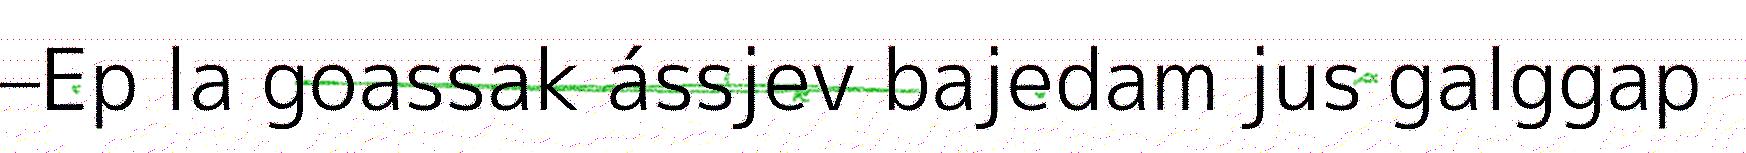
–Ep la goassak ássjev bajedam jus galggap